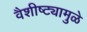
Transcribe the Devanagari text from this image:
वैशीष्ट्यामुळे